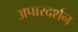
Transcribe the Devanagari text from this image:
अपारदर्शन